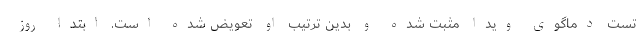
تست دماگوی ویدا مثبت شده و بدین ترتیب او تعویض شده است. ابتدا روز